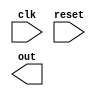
module my_module(
  input clk,
  input reset,
  output reg out
);

always @(posedge clk or negedge reset) begin
  if (~reset) begin
    // Perform specified actions or operations here
  end
end

endmodule